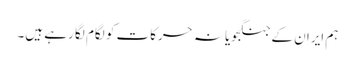
ہم ایران کے جنگجویانہ حرکات کو لگام لگا رہے ہیں۔